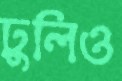
ঢুলিও